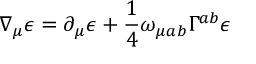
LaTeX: \nabla _ { \mu } \epsilon = \partial _ { \mu } \epsilon + \frac { 1 } { 4 } \omega _ { \mu a b } \Gamma ^ { a b } \epsilon